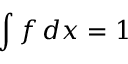
\int f \, d x = 1